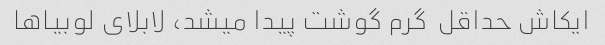
ایکاش حداقل  گرم گوشت پیدا میشد، لابلای لوبیاها